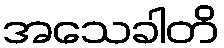
အသေခါတိ